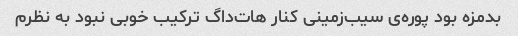
بدمزه بود پوره‌ی سیب‌زمینی کنار هات‌داگ ترکیب خوبی نبود به نظرم